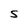
Character: S